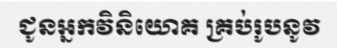
ជូនអ្នកវិនិយោគ គ្រប់រូបនូវ